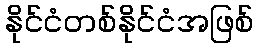
နိုင်ငံတစ်နိုင်ငံအဖြစ်